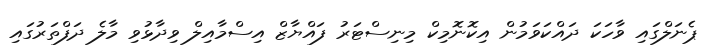
ޕެނަލްގައި ވާހަކަ ދައްކަވަމުން އިކޮނޮމިކް މިނިސްޓަރު ފައްޔާޒް އިސްމާއިލް ވިދާޅުވި މާލެ ދަފްތަރުގައި